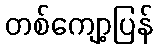
တစ်ကျော့ပြန်